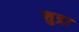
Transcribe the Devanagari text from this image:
शुद्रा